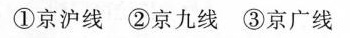
①京沪线②京九线③京广线